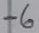
Text: -6